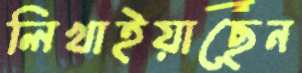
লিখাইয়াছেন